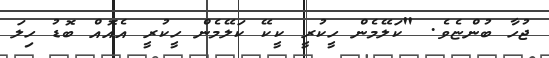
ޖުހާ ބުންޏެވެ. "ކަލޭމެން ހީކުރީ ކީކޭ ކަލޭމެން ހީކުރީ އެއޮއް ބޮޑު ހިލަ